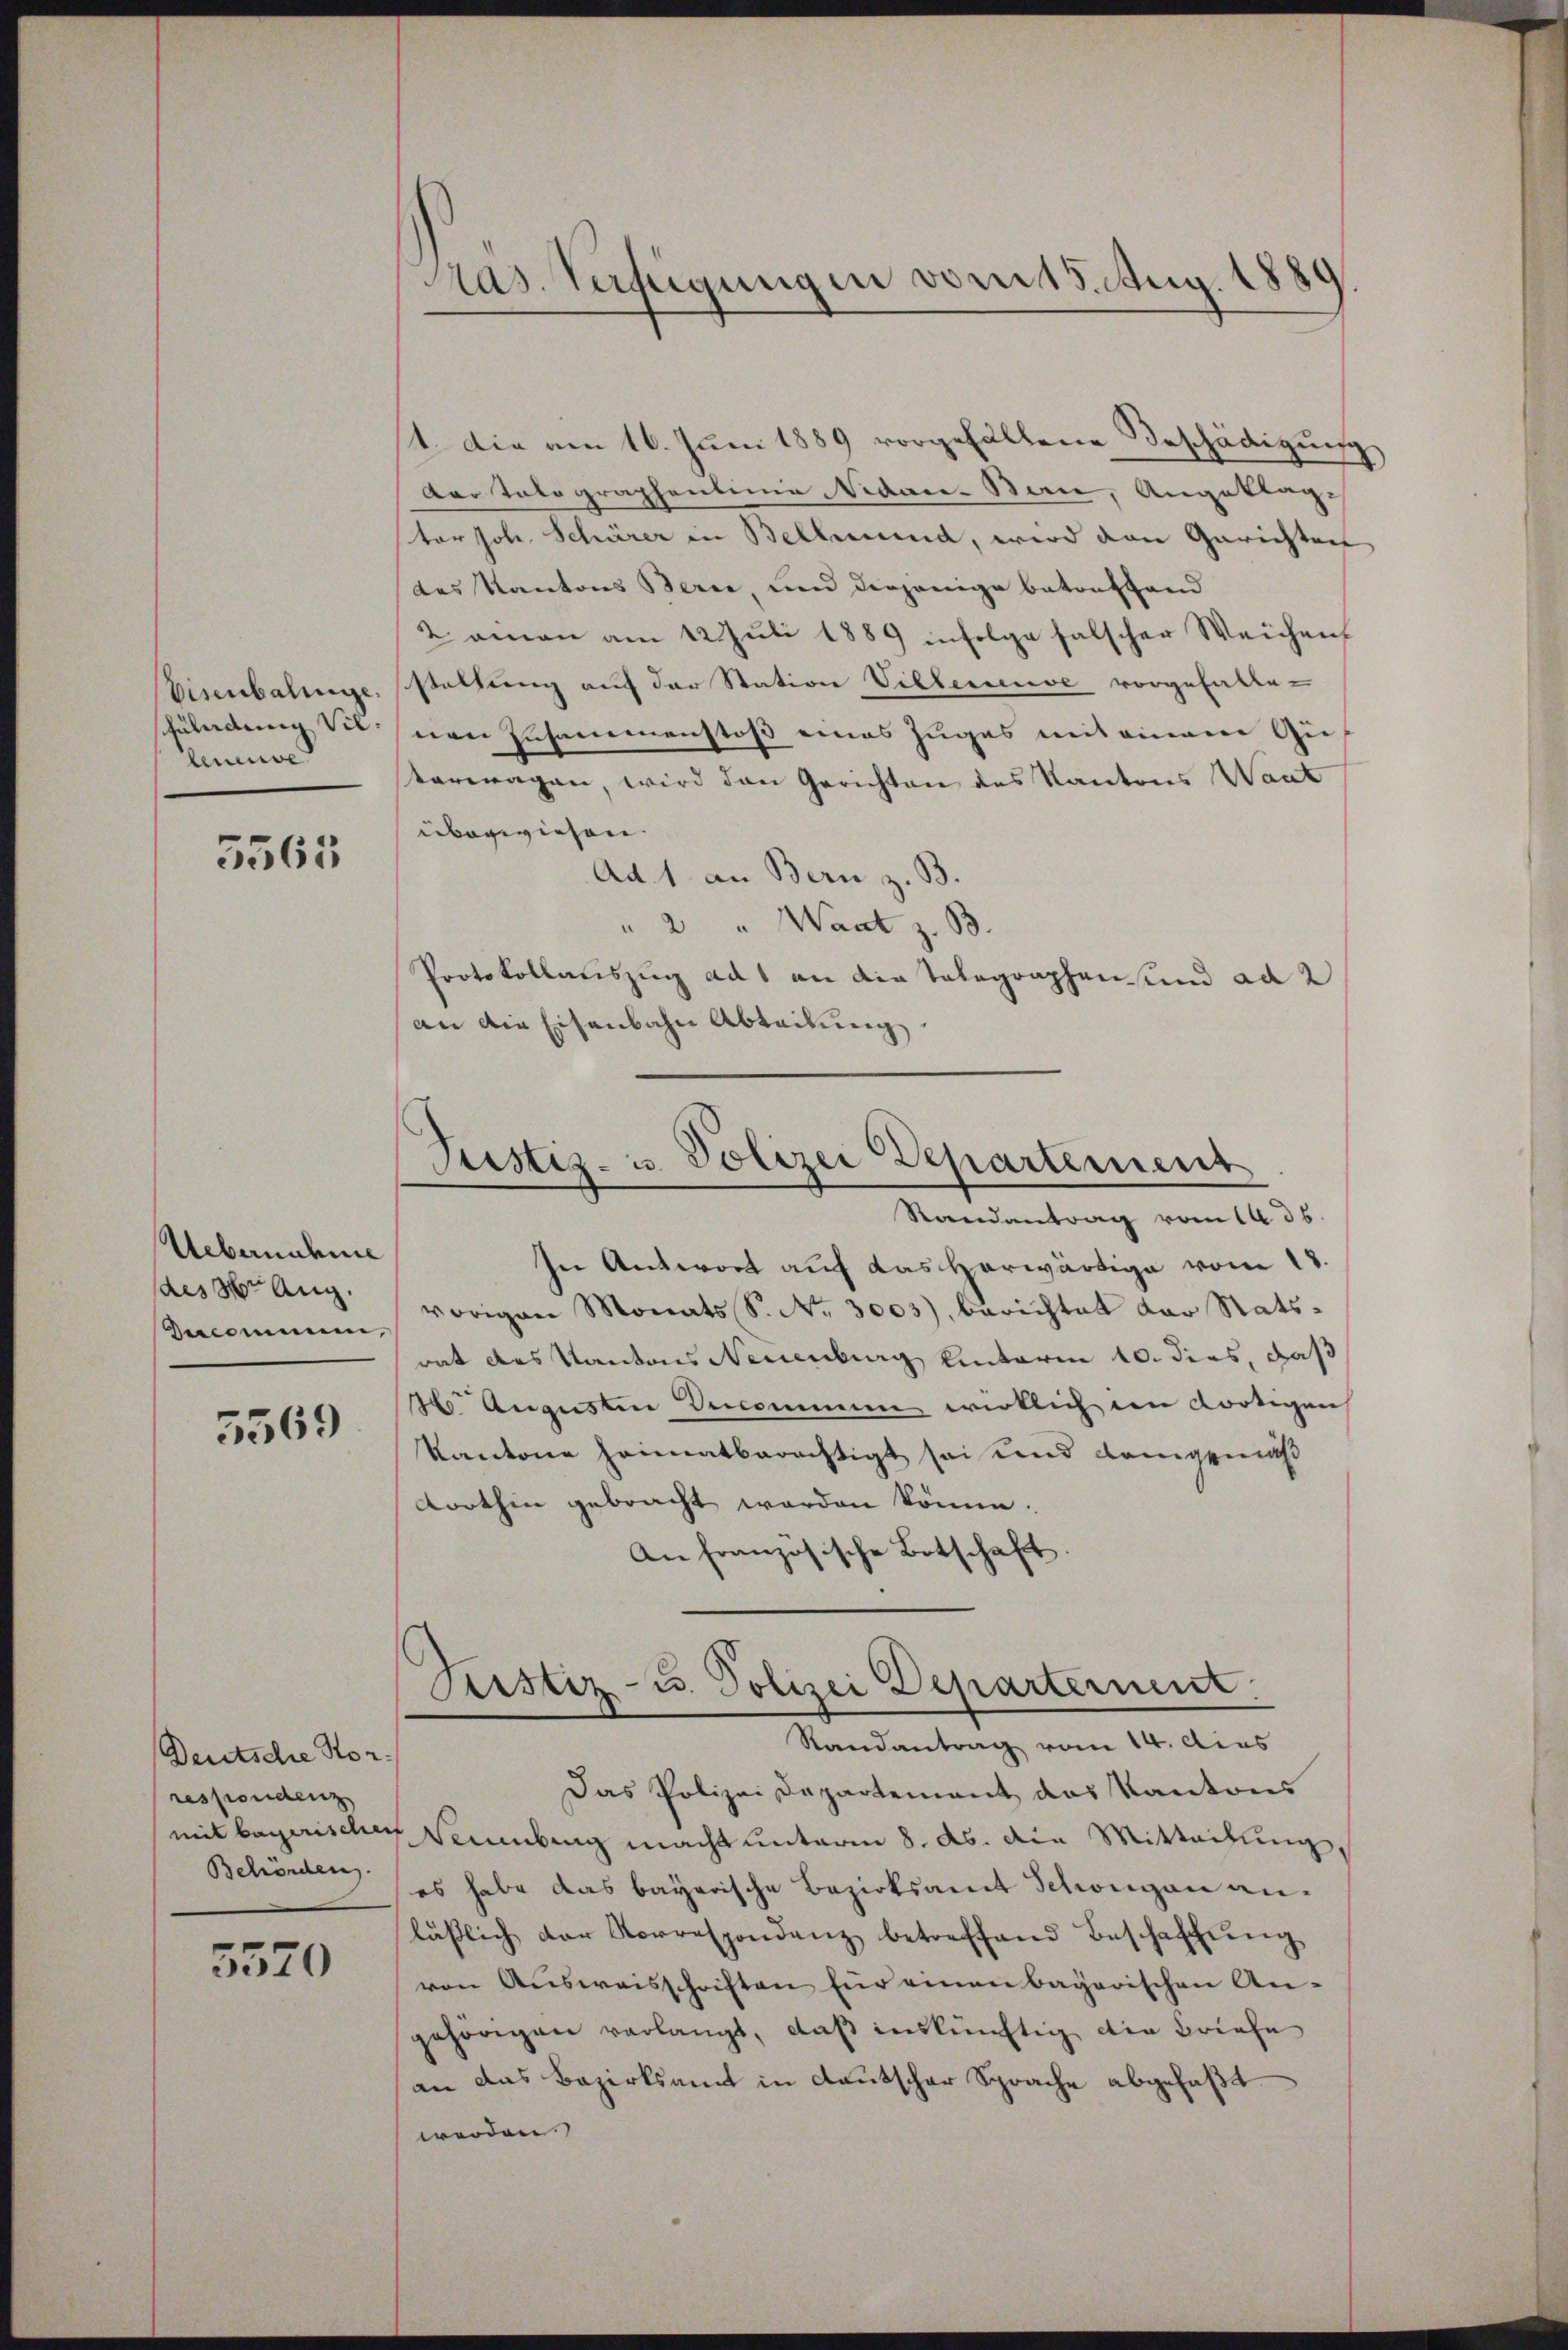
Füladung Vil
Amma

5565

Uebernahme
des 3. Aug.
Zecommen,

5569

Deutsche Horrespondenz
mit bayerischer
Behörden.

5570

Pas. Verfügungen vom 15. Aug. 1889

1. Die am 16. Juni 1889 vorgefallene Beschädigung,
Dartolographenlinie Nidare-Bern, Angeklage
tor Joh. Schärer in Bellerund, wird den Gerichten
des Kantons Berne, und diejenige Betreffend
Laman am 12. Juli 1889 infolge falscher Weichen
Visenbahnge, stellung auf der Station Villeneuve vorgefallenen Inhammenstoß eines Zuges mit einem Gusterwagen, wird den Gerichten des Kantons Want
überwiesen.
Ad 1. an Bern z. B.
" 2 " Wart z. B.
Protokollauszug ad 1 an die Telegraphen und ad 2
an die Eisenbahn Abteilung

Justiz- u. Polizei Departement
Randantrag vom 14. 36

Justiz- u. Polizei Departernent.

In Antwort auf das herwärtige vom 18.
vorigen Monats S. Nr. 3003), berichtet der Stats-
rat das Kantons Neuenburg hinterm 10. dies, daß
H. Augusten Denommen wirklich im dortigen
Kantone heimatberechtigt sei und demgemäß
dorthin gebracht werden könne.
An französische Botschaft.
Randantrag vom 14. Acas
Das Polizei Departement das Kantons
Waumbung macht unterm 8. ds. die Mitteilung,
es habe das bayerische Bezirksamt Schongau anläßlich der Vorrespondenz betreffend Beschaffung
von Aŭsweisschriften für einen bayerischen An-
gehörigen verlangt, daß inskünftig die Briefe
an das Bezirksamt in deutscher Sprache abgefaßt
werden.